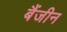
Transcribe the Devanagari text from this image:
बैंजीन